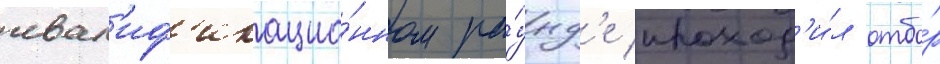
квал'иф'икацио́нном ра́унд'е проход'и́л отбо́р